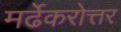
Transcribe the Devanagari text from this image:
मर्ढेकरोत्तर